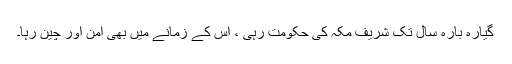
گیارہ بارہ سال تک شریف مکہ کی حکومت رہی ، اس کے زمانے میں بھی امن اور چین رہا۔